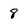
Character: 8